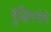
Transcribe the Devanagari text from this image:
बुद्घिमत्तेचे